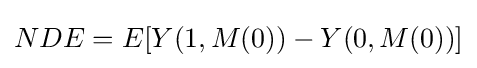
NDE=E[Y(1,M(0))-Y(0,M(0))]